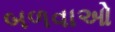
બળવાઓ